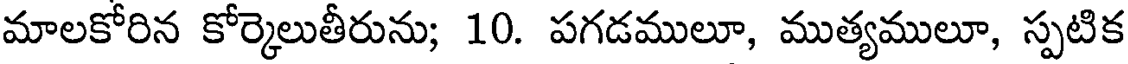
మాలకోరిన కోర్కెలుతీరును; 10. పగడములూ, ముత్యములూ, స్పటిక